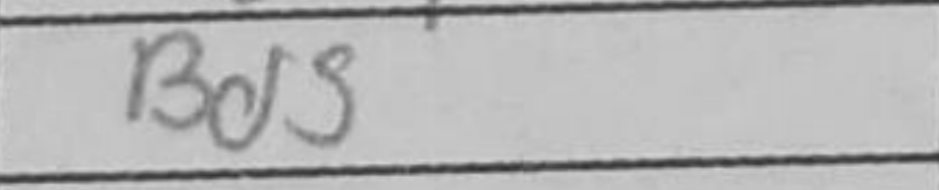
Transcription: Kf6